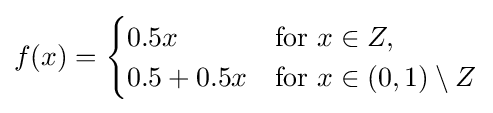
f(x)={\begin{cases}0.5x&{\text{for }}x\in Z,\\0.5+0.5x&{\text{for }}x\in (0,1)\setminus Z\end{cases}}